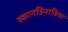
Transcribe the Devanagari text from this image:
स्कानडिनाविया